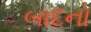
બાદનો